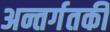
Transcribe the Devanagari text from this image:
अन्तर्गतकी